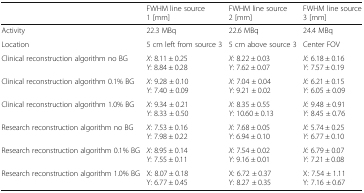
<table><thead><tr><td></td><td><b>FWHM line source 1 [mm]</b></td><td><b>FWHM line source 2 [mm]</b></td><td><b>FWHM line source 3 [mm]</b></td></tr></thead><tbody><tr><td>Activity</td><td>22.3 MBq</td><td>22.6 MBq</td><td>24.4 MBq</td></tr><tr><td>Location</td><td>5 cm left from source 3</td><td>5 cm above source 3</td><td>Center FOV</td></tr><tr><td>Clinical reconstruction algorithm no BG</td><td><i>X</i>: 8.11 ± 0.25<i>Y</i>: 8.84 ± 0.28</td><td><i>X</i>: 8.22 ± 0.03<i>Y</i>: 7.62 ± 0.07</td><td><i>X</i>: 6.18 ± 0.16<i>Y</i>: 7.57 ± 0.19</td></tr><tr><td>Clinical reconstruction algorithm 0.1% BG</td><td><i>X</i>: 9.28 ± 0.10<i>Y</i>: 7.40 ± 0.09</td><td><i>X</i>: 7.04 ± 0.04<i>Y</i>: 9.21 ± 0.02</td><td><i>X</i>: 6.21 ± 0.15<i>Y</i>: 6.05 ± 0.09</td></tr><tr><td>Clinical reconstruction algorithm 1.0% BG</td><td><i>X</i>: 9.34 ± 0.21<i>Y</i>: 8.33 ± 0.50</td><td><i>X</i>: 8.35 ± 0.55<i>Y</i>: 10.60 ± 0.13</td><td><i>X</i>: 9.48 ± 0.91<i>Y</i>: 8.45 ± 0.76</td></tr><tr><td>Research reconstruction algorithm no BG</td><td><i>X</i>: 7.53 ± 0.16<i>Y</i>: 7.98 ± 0.22</td><td><i>X</i>: 7.68 ± 0.05<i>Y</i>: 6.94 ± 0.10</td><td><i>X</i>: 5.74 ± 0.25<i>Y</i>: 6.77 ± 0.10</td></tr><tr><td>Research reconstruction algorithm 0.1% BG</td><td><i>X</i>: 8.95 ± 0.14<i>Y</i>: 7.55 ± 0.11</td><td><i>X</i>: 7.54 ± 0.02<i>Y</i>: 9.16 ± 0.01</td><td><i>X</i>: 6.79 ± 0.07<i>Y</i>: 7.21 ± 0.08</td></tr><tr><td>Research reconstruction algorithm 1.0% BG</td><td>X: 8.07 ± 0.18Y: 6.77 ± 0.45</td><td>X: 6.72 ± 0.37Y: 8.27 ± 0.35</td><td>X: 7.54 ± 1.11Y: 7.16 ± 0.67</td></tr></tbody></table>